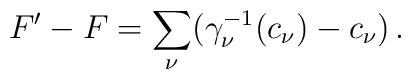
F^\prime - F =\sum_\nu(\gamma_\nu^{-1}(c_\nu) - c_\nu)\,.